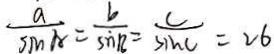
\frac { a } { \sin A } = \frac { b } { \sin B } = \frac { c } { \sin C } = 2 6